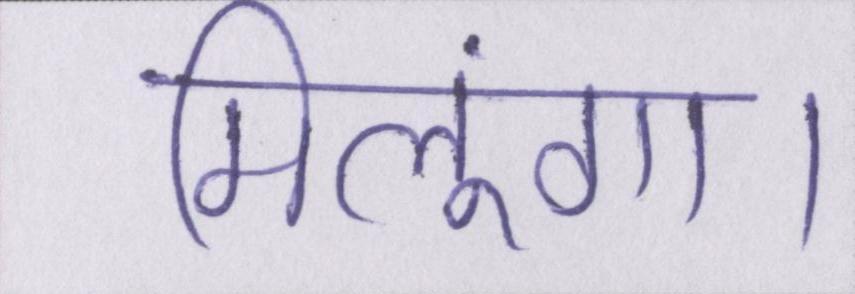
मिलूंगा।